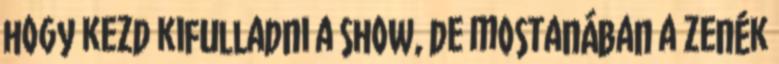
hogy kezd kifulladni a show, de mostanában a zenék